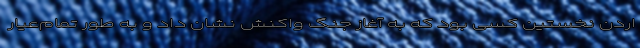
اردن نخستین کسی بود که به آغاز جنگ واکنش نشان داد و به طور تمام‌عیار